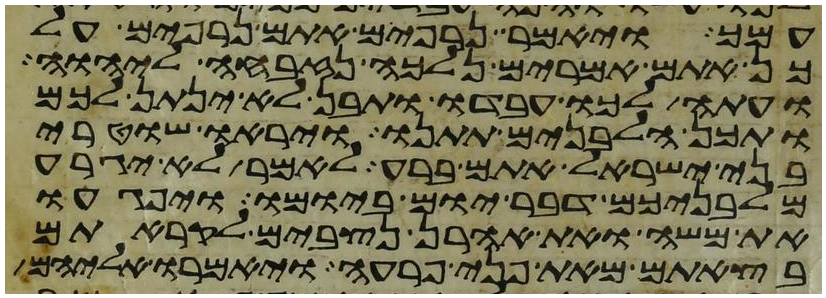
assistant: עמך ויאמר נרפים אתם נרפים על
כן אתם אמרים נלכה נזבחה ליהוה
ועתה לכו עבדו ותבן לא ינתן לכם
ותכן הלבנים תתנו ויראו שוטרי
בני ישראל אתם ברע לאמר לא יגרע
מלבניכם דבר יום ביומו ויפגעו
את משה ואת אהרן נצבים לקראתם
בצאתם מאת פני פרעה ויאמרו אליהם